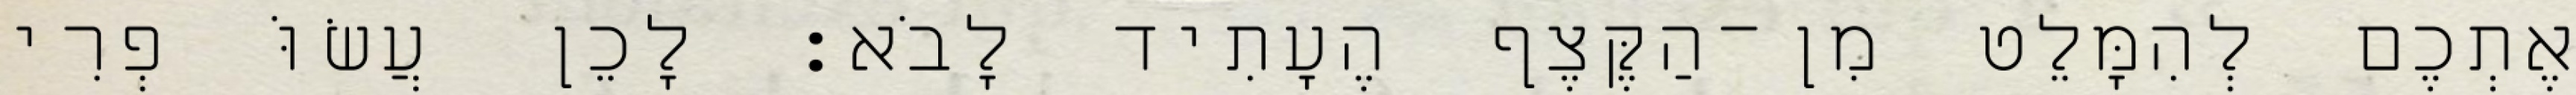
אֶתְכֶם לְהִמָּלֵט מִן־הַקֶּצֶף הֶעָתִיד לָבֹא׃ לָכֵן עֲשׂוֹּ פְרִי